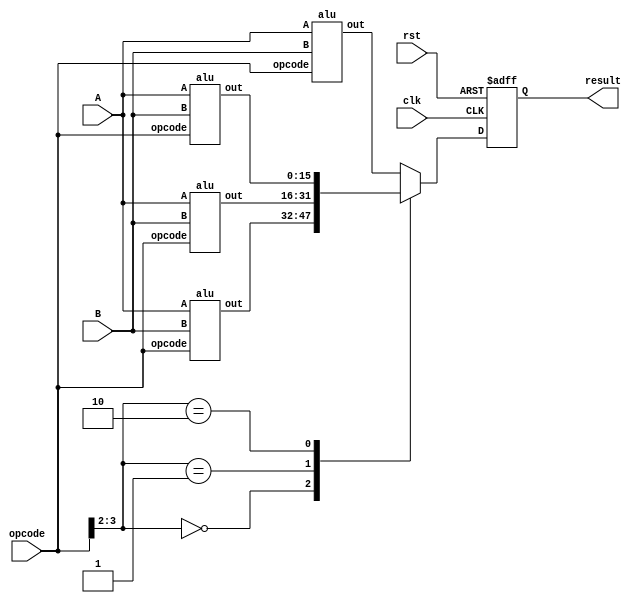
module multicore (
  input [7:0] A,
  input [7:0] B,
  input [3:0] opcode,
  input clk,
  input rst,
  output reg [15:0] result
);

  wire [15:0] out1, out2, out3, out4;
  
  alu core1(.A(A), .B(B), .opcode(opcode), .out(out1));
  alu core2(.A(A), .B(B), .opcode(opcode), .out(out2));
  alu core3(.A(A), .B(B), .opcode(opcode), .out(out3));
  alu core4(.A(A), .B(B), .opcode(opcode), .out(out4));
  
  always @(posedge clk or posedge rst)
  begin
    if (!rst)
    begin
      case (opcode[3:2])
        2'b00: result <= out1;
        2'b01: result <= out2;
        2'b10: result <= out3;
        default: result <= out4;
      endcase;
    end
    else
      result = 0;
  end


endmodule

module alu (
  input wire [7:0] A,
  input wire [7:0] B,
  input wire [3:0] opcode,
  output reg [15:0] out
);
  
  always @* begin
    case(opcode[1:0])
      2'b00: out = A + B; // Example addition operation
      2'b01: out = A - B; // Example subtraction operation
      2'b10: out = A * B; // Example multiplication operation
      default: out = 16'b0;
    endcase;
  end
endmodule